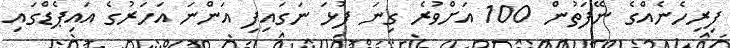
ފިރިހެނެއްގެ ނޭފަތުން 100 އަށްވުރެ ގިނަ ފުޅަ ނަގައިފި އަންނަ އަހަރުގެ އައިޕެޑްގައި